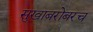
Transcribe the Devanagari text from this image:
सुखाबरोबरच